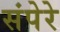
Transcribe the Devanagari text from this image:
संपेरे